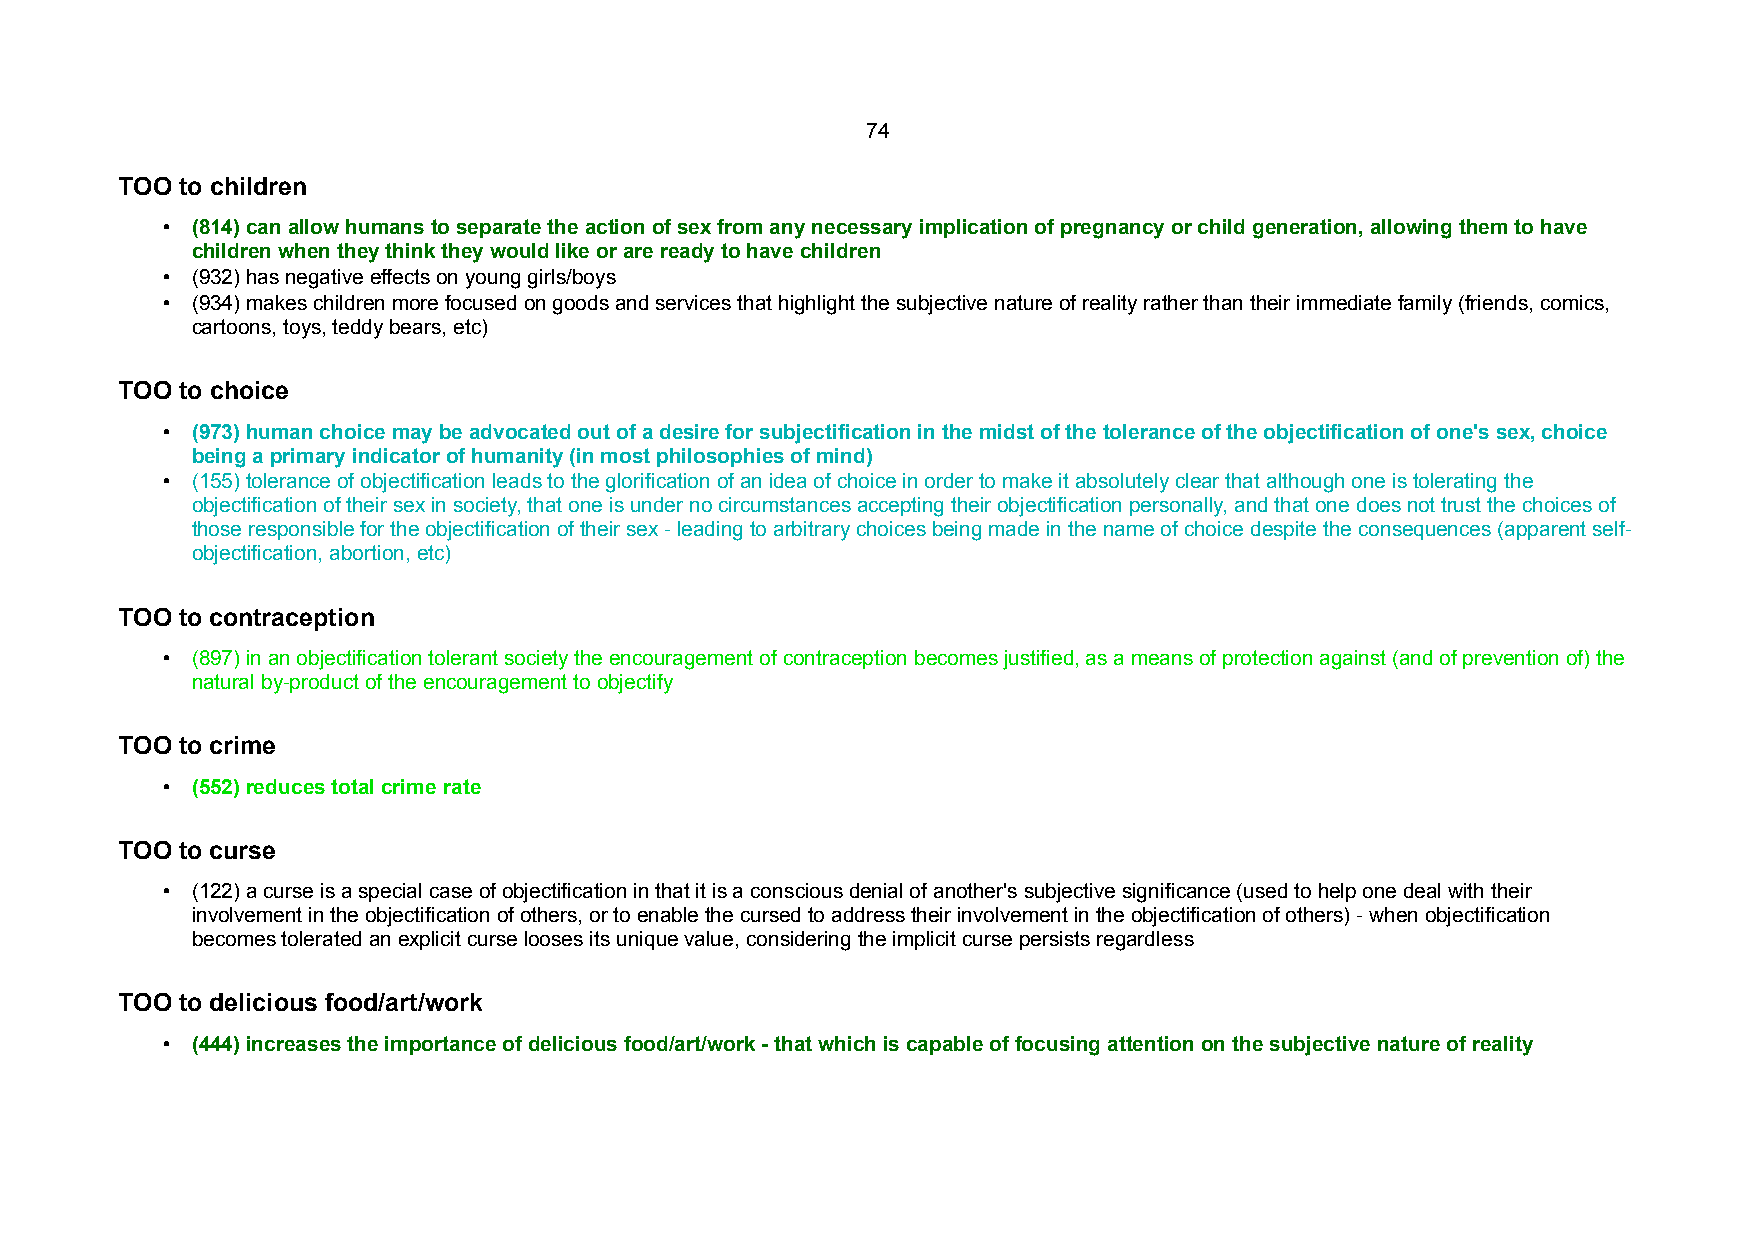
74
 TOO to children
 • (814) can allow humans to separate the action of sex from any necessary implication of pregnancy or child generation, allowing them to have
 children when they think they would like or are ready to have children
 • (932) has negative effects on young girls/boys
 • (934) makes children more focused on goods and services that highlight the subjective nature of reality rather than their immediate family (friends, comics,
 cartoons, toys, teddy bears, etc)
 TOO to choice
 • (973) human choice may be advocated out of a desire for subjectification in the midst of the tolerance of the objectification of one's sex, choice
 being a primary indicator of humanity (in most philosophies of mind)
 • (155) tolerance of objectification leads to the glorification of an idea of choice in order to make it absolutely clear that although one is tolerating the
 objectification of their sex in society, that one is under no circumstances accepting their objectification personally, and that one does not trust the choices of
 those responsible for the objectification of their sex - leading to arbitrary choices being made in the name of choice despite the consequences (apparent self-
 objectification, abortion, etc)
 TOO to contraception
 • (897) in an objectification tolerant society the encouragement of contraception becomes justified, as a means of protection against (and of prevention of) the
 natural by-product of the encouragement to objectify
 TOO to crime
 • (552) reduces total crime rate
 TOO to curse
 • (122) a curse is a special case of objectification in that it is a conscious denial of another's subjective significance (used to help one deal with their
 involvement in the objectification of others, or to enable the cursed to address their involvement in the objectification of others) - when objectification
 becomes tolerated an explicit curse looses its unique value, considering the implicit curse persists regardless
 TOO to delicious food/art/work
 • (444) increases the importance of delicious food/art/work - that which is capable of focusing attention on the subjective nature of reality